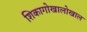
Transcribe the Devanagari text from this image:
शिकागोखालोखाल